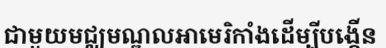
ជាមួយមជ្ឈមណ្ឌលអាមេរិកាំងដើម្បីបង្កើន